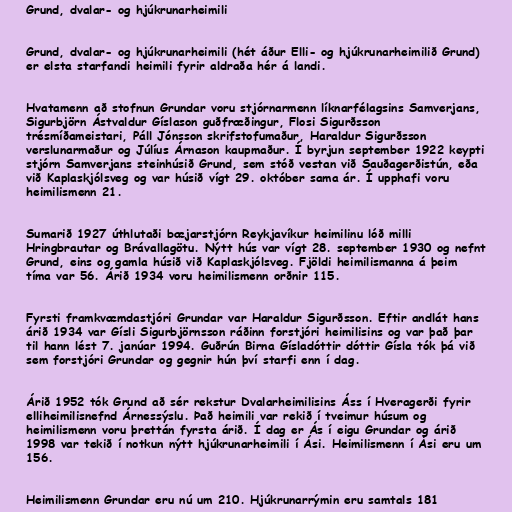
Grund, dvalar- og hjúkrunarheimili

Grund, dvalar- og hjúkrunarheimili (hét áður Elli- og hjúkrunarheimilið Grund)
er elsta starfandi heimili fyrir aldraða hér á landi.

Hvatamenn að stofnun Grundar voru stjórnarmenn líknarfélagsins Samverjans,
Sigurbjörn Ástvaldur Gíslason guðfræðingur, Flosi Sigurðsson
trésmíðameistari, Páll Jónsson skrifstofumaður, Haraldur Sigurðsson
verslunarmaður og Júlíus Árnason kaupmaður. Í byrjun september 1922 keypti
stjórn Samverjans steinhúsið Grund, sem stóð vestan við Sauðagerðistún, eða
við Kaplaskjólsveg og var húsið vígt 29. október sama ár. Í upphafi voru
heimilismenn 21.

Sumarið 1927 úthlutaði bæjarstjórn Reykjavíkur heimilinu lóð milli
Hringbrautar og Brávallagötu. Nýtt hús var vígt 28. september 1930 og nefnt
Grund, eins og gamla húsið við Kaplaskjólsveg. Fjöldi heimilismanna á þeim
tíma var 56. Árið 1934 voru heimilismenn orðnir 115.

Fyrsti framkvæmdastjóri Grundar var Haraldur Sigurðsson. Eftir andlát hans
árið 1934 var Gísli Sigurbjörnsson ráðinn forstjóri heimilisins og var það þar
til hann lést 7. janúar 1994. Guðrún Birna Gísladóttir dóttir Gísla tók þá við
sem forstjóri Grundar og gegnir hún því starfi enn í dag.

Árið 1952 tók Grund að sér rekstur Dvalarheimilisins Áss í Hveragerði fyrir
elliheimilisnefnd Árnessýslu. Það heimili var rekið í tveimur húsum og
heimilismenn voru þrettán fyrsta árið. Í dag er Ás í eigu Grundar og árið
1998 var tekið í notkun nýtt hjúkrunarheimili í Ási. Heimilismenn í Ási eru um
156.

Heimilismenn Grundar eru nú um 210. Hjúkrunarrýmin eru samtals 181